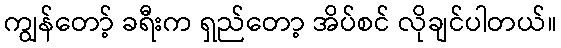
ကျွန်တော့် ခရီးက ရှည်တော့ အိပ်စင် လိုချင်ပါတယ်။